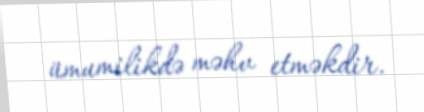
ümumilikdə məhv etməkdir.